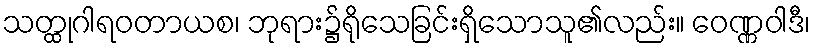
သတ္ထုဂါရဝတာယစ၊ ဘုရား၌ရိုသေခြင်းရှိသောသူ၏လည်း။ ဝေဏ္ဏဝါဒီ၊